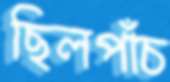
ছিলপাঁচ